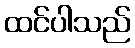
ထင်ပါသည်